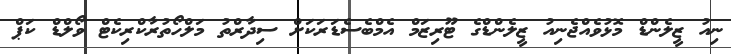
ނިއު ޒީލެންޑް މޮޅުވެއްޖެނިއު ޒީލެންޑްގެ ޓޫރިޒަމް އެމްބެސެޑަރަކަށް ސިދާރްތު މަލްހޯތުރާކްރިކެޓް ވޯލްޑް ކަޕް